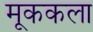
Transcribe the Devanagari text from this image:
मूककला